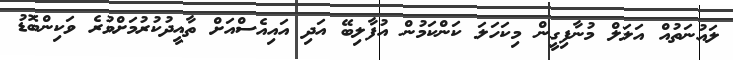
ލައުނަތުއް އަލަލް މުނާފިގީން މިކަހަލަ ކަންކަމުން އުފާލިބޭ އަދި އައިއެސްއަށް ތާއީދުކުރުމަށްވުރެ ވަކިންބޮޑު